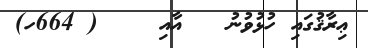
ޢިރާޤުގައި ހުޅުވުނު   އާއި    ( 664ހ)